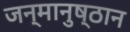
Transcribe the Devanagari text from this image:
जन्मानुष्ठान